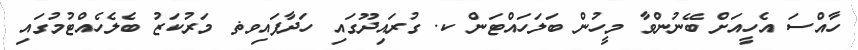
ހާއްސަ އެހީއަށް ބޭނުންވާ މީހުން ބަލަަހައްޓަން ކ. ގުރައިދޫގައި ހަދާފައިވޡ މަރުކަޒު ބެލެހެއްޓުމުގައި